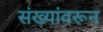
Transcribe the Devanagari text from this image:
संख्यांवरून